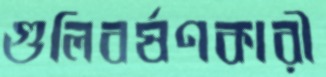
গুলিবর্ষণকারী